Report of the Indian Hemp Drugs Commission, 1894-1895 - Volume IV
Year: 1894
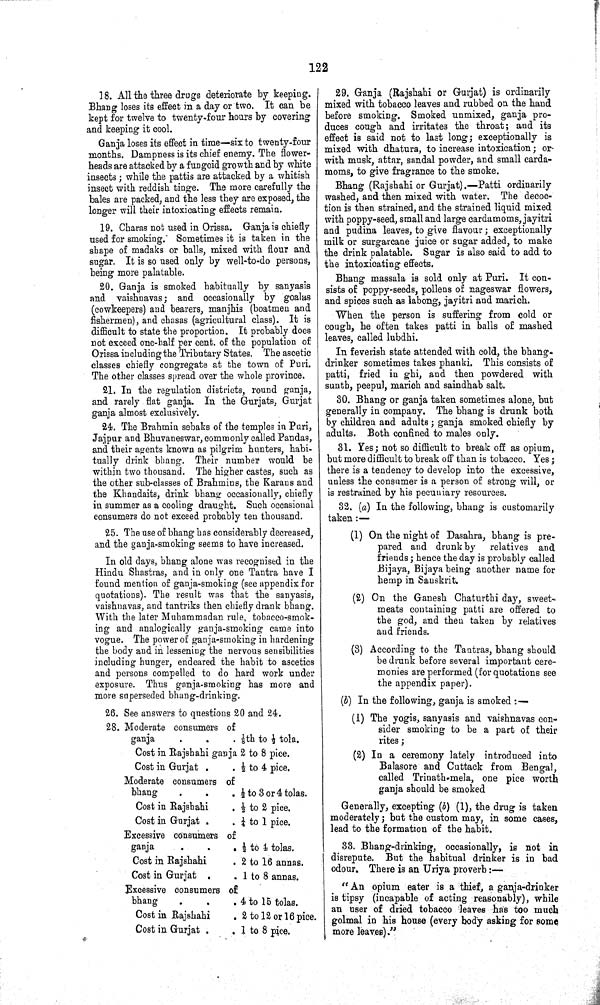
122
18. All the three drugs deteriorate by keeping.
Bhang loses its effect in a day or two. It can be
kept for twelve to twenty-four hours by covering
and keeping it cool.
Ganja loses its effect in time—six to twenty-four
months. Dampness is its chief enemy. The flower-
heads are attacked by a fungoid growth and by white
insects; while the pattis are attacked by a whitish
insect with reddish tinge. The more carefully the
bales are packed, and the less they are exposed, the
longer will their intoxicating effects remain.
19. Charas not used in Orissa. Ganja is chiefly
used for smoking. Sometimes it is taken in the
shape of madaks or balls, mixed with flour and
sugar. It is so used only by well-to-do persons,
being more palatable.
20. Ganja is smoked habitually by sanyasis
and vaishnavas; and occasionally by goalas
(cowkeepers) and bearers, manjhis (boatmen and
fishermen), and chasas (agricultural class). It is
difficult to state the proportion. It probably does
not exceed one-half per cent. of the population of
Orissa including the Tributary States. The ascetic
classes chiefly congregate at the town of Puri.
The other classes spread over the whole province.
21. In the regulation districts, round ganja,
and rarely flat ganja. In the Gurjats, Gurjat
ganja almost exclusively.
24. The Brahmin sebaks of the temples in Puri,
Jajpur and Bhuvaneswar, commonly called Pandas,
and their agents known as pilgrim hunters, habi¬
tually drink bhang. Their number would be
within two thousand. The higher castes, such as
the other sub-classes of Brahmins, the Karans and
the Khandaits, drink bhang occasionally, chiefly
in summer as a cooling draught. Such occasional
consumers do not exceed probably ten thousand.
25. The use of bhang has considerably decreased,
and the ganja-smoking seems to have increased.
In old days, bhang alone was recognised in the
Hindu Shastras, and in only one Tantra have I
found mention of ganja-smoking (see appendix for
quotations). The result was that the sanyasis,
vaishnavas, and tantriks then chiefly drank bhang.
With the later Muhammadan rule, tobacco-smok¬
ing and analogically ganja-smoking came into
vogue. The power of ganja-smoking in hardening
the body and in lessening the nervous sensibilities
including hunger, endeared the habit to ascetics
and persons compelled to do hard work under
exposure. Thus ganja-smoking has more and
more superseded bhang-drinking.
26. See answers to questions 20 and 24.
28. Moderate consumers of
ganja
1/8th
to 1/2 tola.
Cost in Rajshahi ganja 2 to 8 pice.
Cost in Gurjat
1/2
to 4 pice.
Moderate consumers of
bhang
1/2
to 3 or 4 tolas.
Cost in Rajshahi 1/2 to 2 pice.
Cost in Gurjat
1/4
to 1 pice.
Excessive consumers of
ganja
1/2
to 4 tolas.
Cost in
Rajshahi
2 to 16 annas.
Cost in Gurjat
1
to 8 annas.
Excessive consumers of
bhang
4 to 15 tolas.
Cost in
Rajshahi
2 to 12 or 16 pice.
Cost in Gurjat
1 to 8 pice.
29. Ganja (Rajshahi or Gurjat) is ordinarily
mixed with tobacco leaves and rubbed on the hand
before smoking. Smoked unmixed, ganja pro¬
duces cough and irritates the throat; and its
effect is said not to last long; exceptionally is
mixed with dhatura, to increase intoxication; or
with musk, attar, sandal powder, and small carda¬
moms, to give fragrance to the smoke.
Bhang (Rajshahi or Gurjat).—Patti ordinarily
washed, and then mixed with water. The decoc¬
tion is then strained, and the strained liquid mixed
with poppy-seed, small and large cardamoms, jayitri
and pudina leaves, to give flavour; exceptionally
milk or surgarcane juice or sugar added, to make
the drink palatable. Sugar is also said to add to
the intoxicating effects.
Bhang massala is sold only at Puri. It con¬
sists of poppy-seeds, pollens of nageswar flowers,
and spices such as labong, jayitri and marich.
When the person is suffering from cold or
cough, he often takes patti in balls of mashed
leaves, called lubdhi.
In feverish state attended with cold, the bhang-
drinker sometimes takes phanki. This consists of
patti, fried in ghi, and then powdered with
sunth, peepul, marioh and saindhab salt.
30. Bhang or ganja taken sometimes alone, but
generally in company. The bhang is drunk both
by children and adults; ganja smoked chiefly by
adults. Both confined to males only.
31. Yes; not so difficult to break off as opium,
but more difficult to break off than is tobacco. Yes;
there is a tendency to develop into the excessive,
unless the consumer is a person of strong will, or
is restrained by his pecuniary resources.
32. (a) In the following, bhang is customarily
taken:—
(1) On the night of Dasahra, bhang is pre¬
pared and drunk by relatives and
friends; hence the day is probably called
Bijaya, Bijaya being another name for
hemp in Sanskrit.
(2) On the Ganesh Chaturthi day, sweet¬
meats containing patti are offered to
the god, and then taken by relatives
and friends.
(3) According to the Tantras, bhang should
be drunk before several important cere¬
monies are performed (for quotations see
the appendix paper).
(b) In the following, ganja is smoked:—
(1) The yogis, sanyasis and vaishnavas con-
sider smoking to be a part of their
rites;
(2) In a ceremony lately introduced into
Balasore and Cuttack from Bengal,
called Trinath-mela, one pice worth
ganja should be smoked
Generally, excepting (b) (1), the drug is taken
moderately; but the custom may, in some cases,
lead to the formation of the habit.
33. Bhang-drinking, occasionally, is not in
disrepute. But the habitual drinker is in bad
odour. There is an Uriya proverb:—
"An opium eater is a thief, a ganja-drinker
is tipsy (incapable of acting reasonably), while
an user of dried tobacco leaves has too much
golmal in his house (every body asking for some
more leaves)."